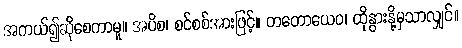
အကယ်၍ဆိုစေကာမူ။ အပိစ၊ စင်စစ်အားဖြင့်။ တတောယေဝ၊ ထိုနွားနို့မှသာလျှင်။